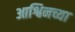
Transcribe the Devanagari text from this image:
आश्विनच्या